Lunatic asylums Punjab 1881-1894 - 1881-1894
Year: 1881
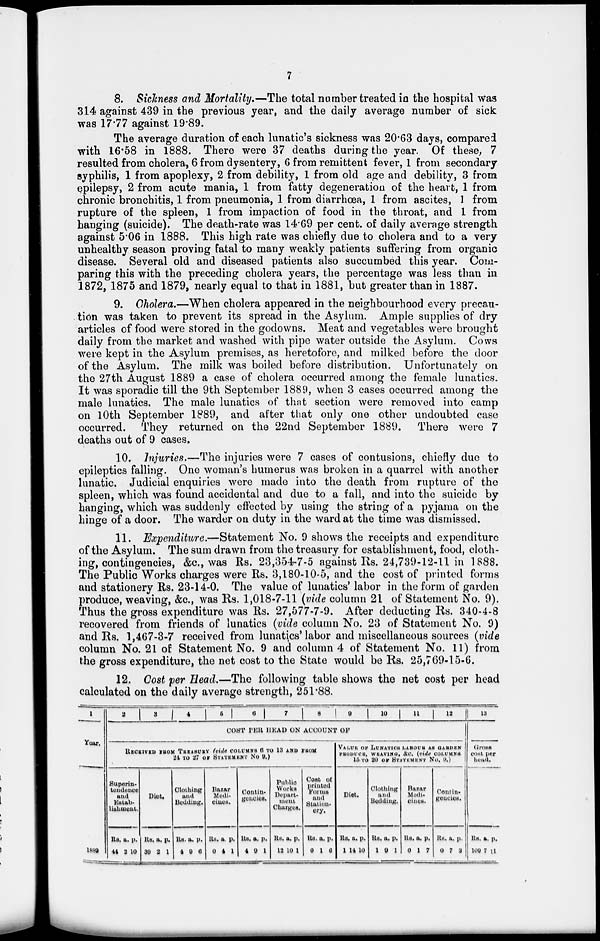
7
8. Sickness and Mortality.—The total number treated in the hospital was
314 against 439 in the previous year, and the daily average number of sick
was 17.77 against 19.89.
The average duration of each lunatic's sickness was 20.63 days, compared
with 16.58 in 1888. There were 37 deaths during the year. Of these, 7
resulted from cholera, 6 from dysentery, 6 from remittent fever, 1 from secondary
syphilis, 1 from apoplexy, 2 from debility, 1 from old age and debility, 3 from
epilepsy, 2 from acute mania, 1 from fatty degeneration of the heart, 1 from
chronic bronchitis, 1 from pneumonia, 1 from diarrhoea, 1 from ascites, 1 from
rupture of the spleen, 1 from impaction of food in the throat, and 1 from
hanging (suicide). The death-rate was 14.69 per cent. of daily average strength
against 5.06 in 1888. This high rate was chiefly due to cholera and to a very
unhealthy season proving fatal to many weakly patients suffering from organic
disease. Several old and diseased patients also succumbed this year. Com-
paring this with the preceding cholera years, the percentage was less than in
1872, 1875 and 1879, nearly equal to that in 1881, but greater than in 1887.
9. Cholera.—When cholera appeared in the neighbourhood every precau-
tion was taken to prevent its spread in the Asylum. Ample supplies of dry
articles of food were stored in the godowns. Meat and vegetables were brought
daily from the market and washed with pipe water outside the Asylum. Cows
were kept in the Asylum premises, as heretofore, and milked before the door
of the Asylum. The milk was boiled before distribution. Unfortunately on
the 27th August 1889 a case of cholera occurred among the female lunatics.
It was sporadic till the 9th September 1889, when 3 cases occurred among the
male lunatics. The male lunatics of that section were removed into camp
on 10th September 1889, and after that only one other undoubted case
occurred. They returned on the 22nd September 1889. There were 7
deaths out of 9 cases.
10. Injuries.—The injuries were 7 cases of contusions, chiefly due to
epileptics falling. One woman's humerus was broken in a quarrel with another
lunatic. Judicial enquiries were made into the death from rupture of the
spleen, which was found accidental and due to a fall, and into the suicide by
hanging, which was suddenly effected by using the string of a pyjama on the
hinge of a door. The warder on duty in the ward at the time was dismissed.
11. Expenditure.—Statement No. 9 shows the receipts and expenditure
of the Asylum. The sum drawn from the treasury for establishment, food, cloth-
ing, contingencies, &c., was Rs. 23,354-7-5 against Rs. 24,739-12-11 in 1888.
The Public Works charges were Rs. 3,180-10-5, and the cost of printed forms
and stationery Rs. 23-14-0. The value of lunatics' labor in the form of garden
produce, weaving, &c., was Rs. 1,018-7-11 (vide column 21 of Statement No. 9).
Thus the gross expenditure was Rs. 27,577-7-9. After deducting Rs. 340-4-8
recovered from friends of lunatics (vide column No. 23 of Statement No. 9)
and Rs. 1,467-3-7 received from lunatics labor and miscellaneous sources (vide
column No. 21 of Statement No. 9 and column 4 of Statement No. 11) from
the gross expenditure, the net cost to the State would be Rs. 25,769-15-6.
12. Cost per Head.—The following table shows the net cost per head
calculated on the daily average strength, 251.88.
1
Year.
1889
2
3
4
5 6 7 8
9
10
11
12
COST PER HEAD ON ACCOUNT OF
RECEIVED FROM TREASURY (vide COLUMNS 6 TO 13 AND FROM
24 TO 27 OF STATEMENT No 9.)
Superin-
tendence
and
Estab-
lishment.
Rs.
44
a.
2
p.
10
Diet.
Rs.
39
a.
2
p.
1
Clothing
and
Bedding.
Rs.
4
a.
9
p.
6
Bazar
Medi-
cines.
Rs.
0
a.
4
p.
1
Contin-
gencies.
Rs.
4
a.
9
p.
1
Public
Works
Depart-
ment
Charges.
Rs.
12
a.
10
p.
1
Cost of
printed
Forms
and
Station-
ery.
Rs.
0
a.
1
p.
6
VALUE OF LUNATICS LABOUR AS GARDEN
PRODUCE, WEAVING, &c. (vide COLUMNS
15 TO 20 OF STATEMENT No. 9.)
Diet.
Rs.
1
a.
14
p.
10
Clothing
and
Bedding.
Rs.
1
a.
9
p.
1
Bazar
Medi-
cines.
Rs.
0
a.
1
p.
7
Contin-
gencies.
Rs.
0
a.
7
p.
3
13
Gross
cost per
head.
Rs.
109
a.
7
p.
11